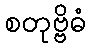
စတုဗ္ဗိဓံ